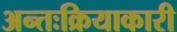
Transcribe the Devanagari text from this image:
अन्तःक्रियाकारी